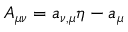
{ \cal A } _ { \mu \nu } = { a } _ { \nu , \mu } \eta - { a } _ { \mu }